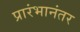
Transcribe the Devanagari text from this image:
प्रारंभानंतर